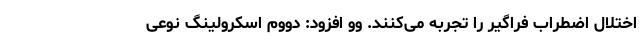
اختلال اضطراب فراگیر را تجربه می‌کنند. وو افزود: دووم اسکرولینگ نوعی